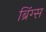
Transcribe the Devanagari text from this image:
ब्रिंग्स